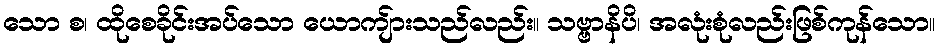
သော စ၊ ထိုစေခိုင်းအပ်သော ယောကျ်ားသည်လည်း။ သဗ္ဗာနိပိ၊ အလုံးစုံလည်းဖြစ်ကုန်သော။